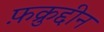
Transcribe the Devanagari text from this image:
फ़क्रुद्दीन